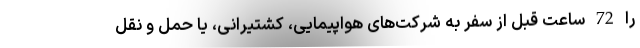
را 72 ساعت قبل از سفر به شرکت‌های هواپیمایی، کشتیرانی، یا حمل و نقل